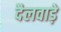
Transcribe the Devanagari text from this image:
दैलवाड़े